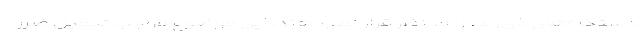
دستگاه‌های ذی‌ربط را مدنظر قرار نمی‌دهند. این موضوع موجب تحمیل ضرر